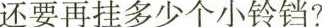
还要再挂多少个小铃铛?